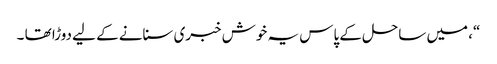
“، میں ساحل کے پاس یہ خوش خبری سنانے کے لیے دوڑا تھا ۔